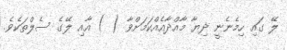
ލޭ ގައި ހިމެނެނީ ދިޔާ މާއްދާއެއްކަމަށްވާ ( ) އާއި ލޭގެ ސެލްތަކެވެ.